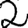
Digit: 2